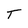
Character: T